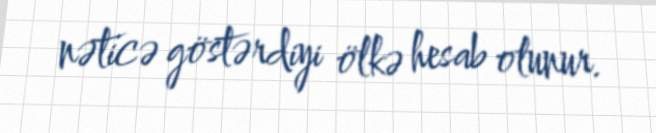
nəticə göstərdiyi ölkə hesab olunur.